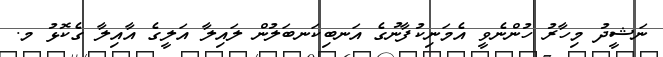
ނަޝީދު މިހާރު ހުންނެވީ އެމަނިކުފާނުގެ އަނބިކަނބަލުން ލައިލާ އަލީގެ އާއިލާ ގެކޮޅު މ.